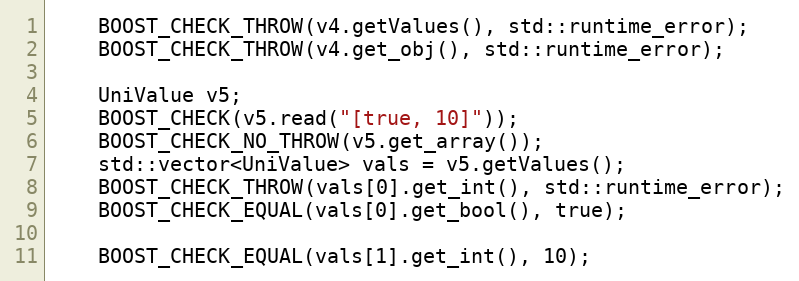
Language: C++
    BOOST_CHECK_THROW(v4.getValues(), std::runtime_error);
    BOOST_CHECK_THROW(v4.get_obj(), std::runtime_error);

    UniValue v5;
    BOOST_CHECK(v5.read("[true, 10]"));
    BOOST_CHECK_NO_THROW(v5.get_array());
    std::vector<UniValue> vals = v5.getValues();
    BOOST_CHECK_THROW(vals[0].get_int(), std::runtime_error);
    BOOST_CHECK_EQUAL(vals[0].get_bool(), true);

    BOOST_CHECK_EQUAL(vals[1].get_int(), 10);